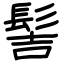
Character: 髻